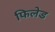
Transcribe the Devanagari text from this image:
फिलेड